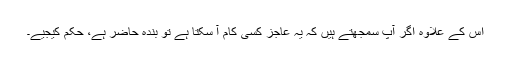
اس کے علاوہ اگر آپ سمجھتے ہیں کہ یہ عاجز کسی کام آ سکتا ہے تو بندہ حاضر ہے، حکم کیجیے۔